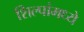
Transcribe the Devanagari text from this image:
शिल्पांमध्ये